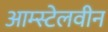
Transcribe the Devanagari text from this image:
आम्स्टेलवीन